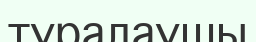
туралаушы